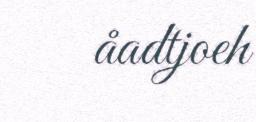
åadtjoeh